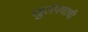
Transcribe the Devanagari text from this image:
खुलेपणाची